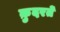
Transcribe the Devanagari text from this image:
क़ुदरतें